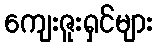
ကျေးဇူးရှင်များ